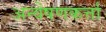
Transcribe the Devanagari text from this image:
अन्वेषणकर्त्ता